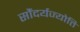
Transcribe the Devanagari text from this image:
सौंदर्यज्योति